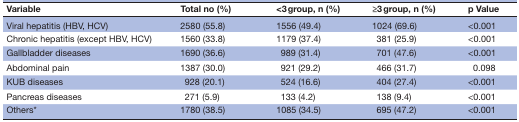
<table><thead><tr><td><b>Variable</b></td><td><b>Total no (%)</b></td><td><b>&lt;3 group, n (%)</b></td><td><b>≥3 group, n (%)</b></td><td><b>p Value</b></td></tr></thead><tbody><tr><td>Viral hepatitis (HBV, HCV)</td><td>2580 (55.8)</td><td>1556 (49.4)</td><td>1024 (69.6)</td><td>&lt;0.001</td></tr><tr><td>Chronic hepatitis (except HBV, HCV)</td><td>1560 (33.8)</td><td>1179 (37.4)</td><td> 381 (25.9)</td><td>&lt;0.001</td></tr><tr><td>Gallbladder diseases</td><td>1690 (36.6)</td><td> 989 (31.4)</td><td> 701 (47.6)</td><td>&lt;0.001</td></tr><tr><td>Abdominal pain</td><td>1387 (30.0)</td><td> 921 (29.2)</td><td> 466 (31.7)</td><td>0.098</td></tr><tr><td>KUB diseases</td><td> 928 (20.1)</td><td> 524 (16.6)</td><td> 404 (27.4)</td><td>&lt;0.001</td></tr><tr><td>Pancreas diseases</td><td> 271 (5.9)</td><td> 133 (4.2)</td><td> 138 (9.4)</td><td>&lt;0.001</td></tr><tr><td>Others*</td><td>1780 (38.5)</td><td>1085 (34.5)</td><td> 695 (47.2)</td><td>&lt;0.001</td></tr></tbody></table>